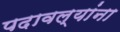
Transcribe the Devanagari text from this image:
पदावल्यांना